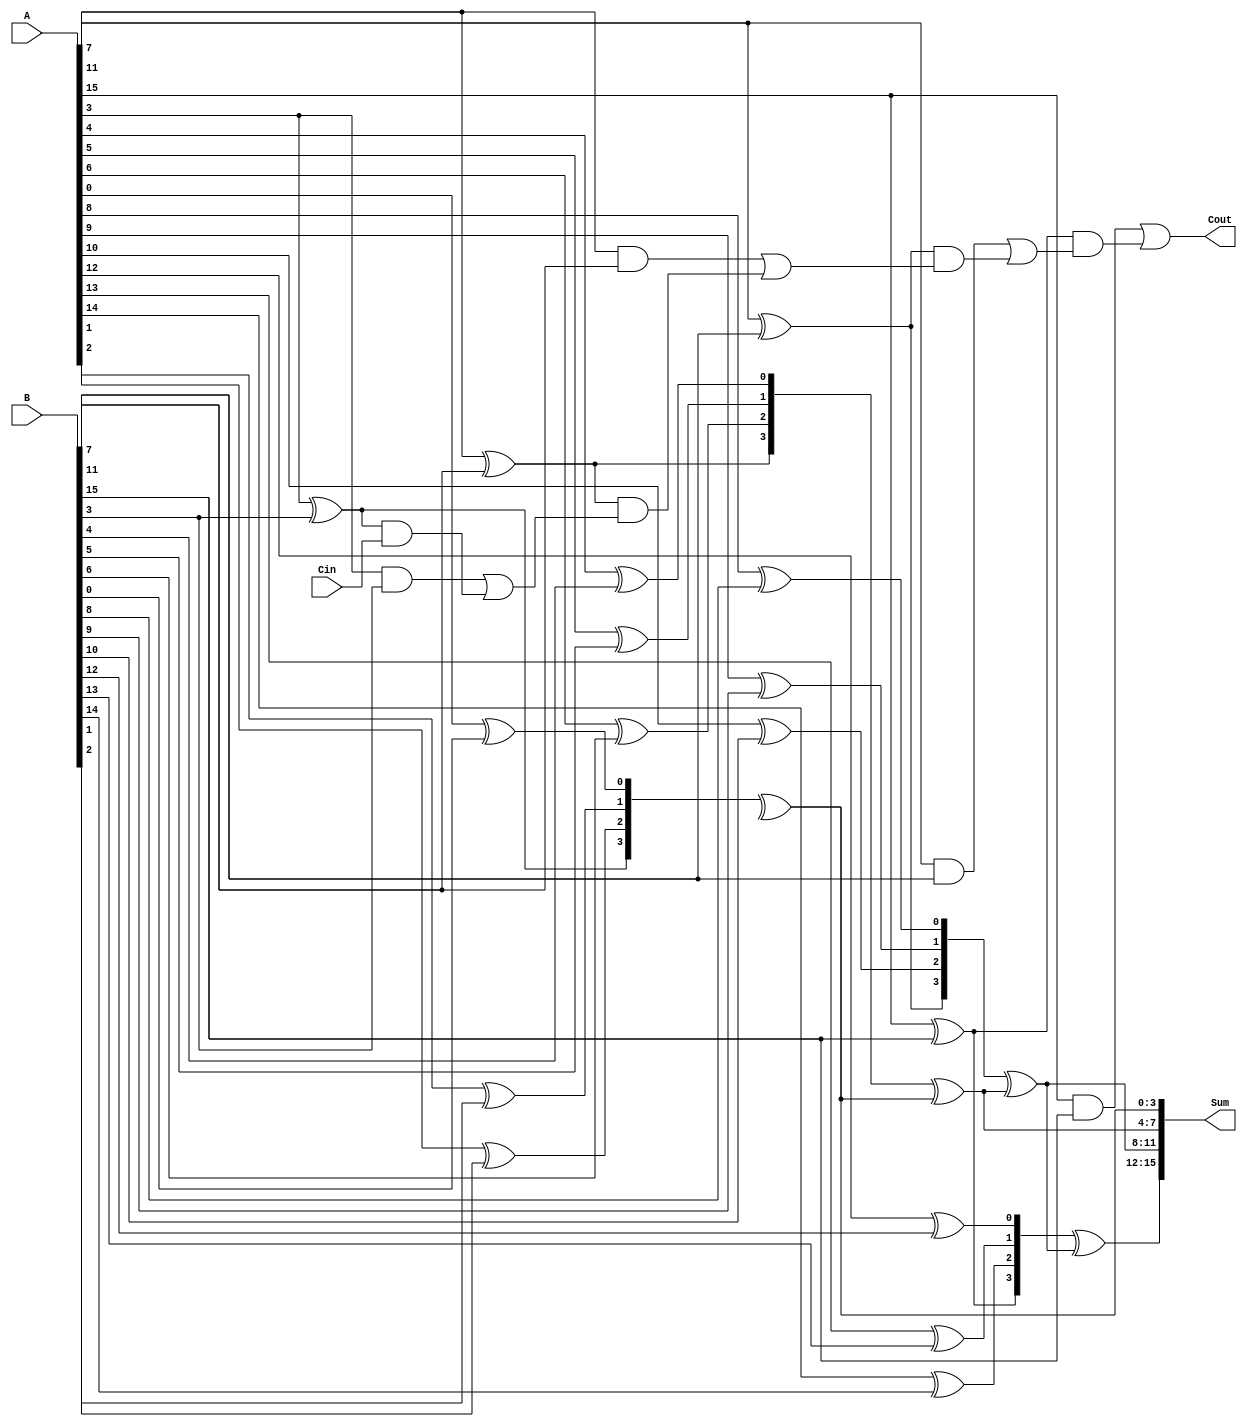
module han_carlson_adder #(parameter N = 16) (
    input  [N-1:0] A,       // First n-bit input
    input  [N-1:0] B,       // Second n-bit input
    input         Cin,       // Carry-in
    output [N-1:0] Sum,      // Sum output
    output        Cout       // Carry-out
);
    localparam BLOCK_SIZE = 4; // Size of each block
    localparam NUM_BLOCKS = N / BLOCK_SIZE; // Number of blocks

    wire [BLOCK_SIZE-1:0] sum [0:NUM_BLOCKS-1];
    wire [NUM_BLOCKS:0] carry; // Carry for each block

    // Generate carry and sum for each block
    genvar i;
    generate
        for (i = 0; i < NUM_BLOCKS; i = i + 1) begin : block
            wire [BLOCK_SIZE-1:0] A_block = A[i*BLOCK_SIZE +: BLOCK_SIZE];
            wire [BLOCK_SIZE-1:0] B_block = B[i*BLOCK_SIZE +: BLOCK_SIZE];
            wire Cin_block = (i == 0) ? Cin : carry[i]; // Carry-in for the first block

            // Carry generation
            wire [BLOCK_SIZE:0] G; // Generate
            wire [BLOCK_SIZE:0] P; // Propagate

            assign G[0] = 0; // No carry-in for the first bit
            assign P[0] = 1; // Always propagate for the first bit

            genvar j;
            for (j = 0; j < BLOCK_SIZE; j = j + 1) begin : carry_gen
                assign G[j+1] = A_block[j] & B_block[j]; // Generate
                assign P[j+1] = A_block[j] ^ B_block[j]; // Propagate
            end

            // Carry-out for the block
            assign carry[i+1] = G[BLOCK_SIZE] | (P[BLOCK_SIZE] & Cin_block);

            // Sum calculation
            assign sum[i] = P[BLOCK_SIZE:1] ^ {Cin_block, sum[i-1]}; // Sum calculation
        end
    endgenerate

    // Final sum and carry-out
    assign Sum = {sum[NUM_BLOCKS-1], sum[NUM_BLOCKS-2], sum[NUM_BLOCKS-3], sum[NUM_BLOCKS-4]};
    assign Cout = carry[NUM_BLOCKS];

endmodule